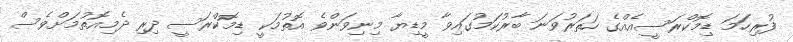
ފުރިހަމަ ޑިމޮކްރަސީއެއްގެ ހަތަރުވަނަ ބާރުކަމުގައިވާ މީޑިޔާ މިނިވަންވެ އޮތުމަކީ ޑިމޮކްރަސީ ދިރި ދެމިއޮތުމަށްވެސް